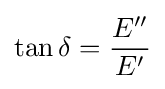
\tan \delta ={\frac {E''}{E'}}